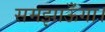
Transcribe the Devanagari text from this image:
समझाऊँगा।